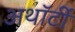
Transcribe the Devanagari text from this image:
अथॉर्टी